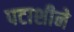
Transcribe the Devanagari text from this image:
पटाशीने